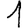
Digit: 1